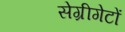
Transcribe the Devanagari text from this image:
सेग्रीगेटों